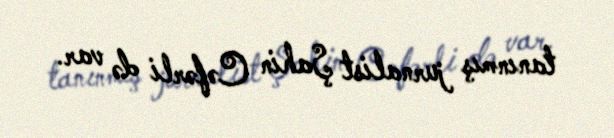
tanınmış jurnalist Şahin Cəfərli də var.